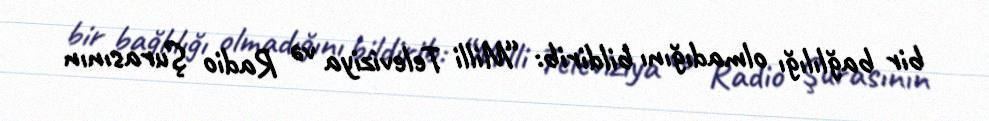
bir bağlılığı olmadığını bildirib: “Milli Televiziya və Radio Şurasının